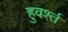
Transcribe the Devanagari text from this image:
हुवर्श्त